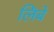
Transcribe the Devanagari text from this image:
लिंबे